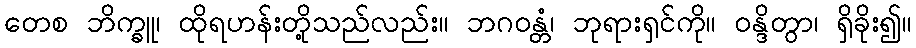
တေစ ဘိက္ခူ၊ ထိုရဟန်းတို့သည်လည်း။ ဘဂဝန္တံ၊ ဘုရားရှင်ကို။ ဝန္ဒိတွာ၊ ရှိခိုး၍။